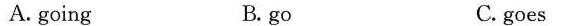
A. going B.go C. goes